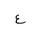
Letter: _ayn